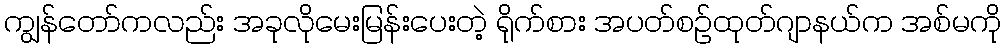
ကျွန်တော်ကလည်း အခုလိုမေးမြန်းပေးတဲ့ ရိုက်စား အပတ်စဉ်ထုတ်ဂျာနယ်က အစ်မကို